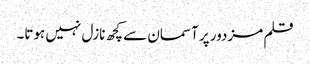
قلم مزدور پر آسمان سے کچھ نازل نہیں ہوتا۔